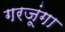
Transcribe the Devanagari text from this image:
गरजूंगा